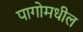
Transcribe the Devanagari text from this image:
पागोमधील